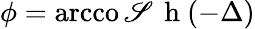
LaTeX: \phi=\operatorname{arcco\mathscr{S}}\mathrm{{~h~}}(-\Delta)